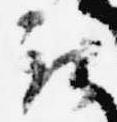
取